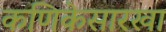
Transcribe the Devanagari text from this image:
कणिकेसारखा